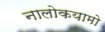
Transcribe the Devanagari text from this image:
नालोकयामो